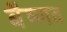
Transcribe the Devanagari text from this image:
बैष्णव